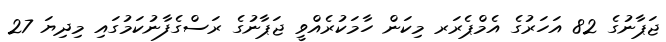
ޖަޕާނުގެ 82 އަހަރުގެ އެމްޕެރަރ މިކަން ހާމަކުރެއްވީ ޖަޕާނުގެ ރަސްގެފާނުކަމުގައި މިދިޔަ 27